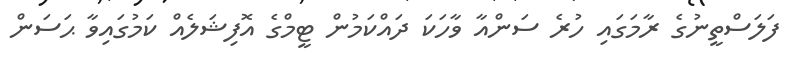
ފަލަސްތީނުގެ ރާމަގައި ހުރެ ސަންއާ ވާހަކަ ދައްކަމުން ޓީމްގެ އޮފިޝަލެއް ކަމުގައިވާ ޙަސަން